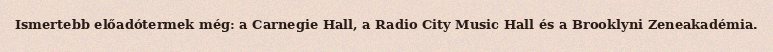
Ismertebb előadótermek még: a Carnegie Hall, a Radio City Music Hall és a Brooklyni Zeneakadémia.